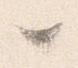
々